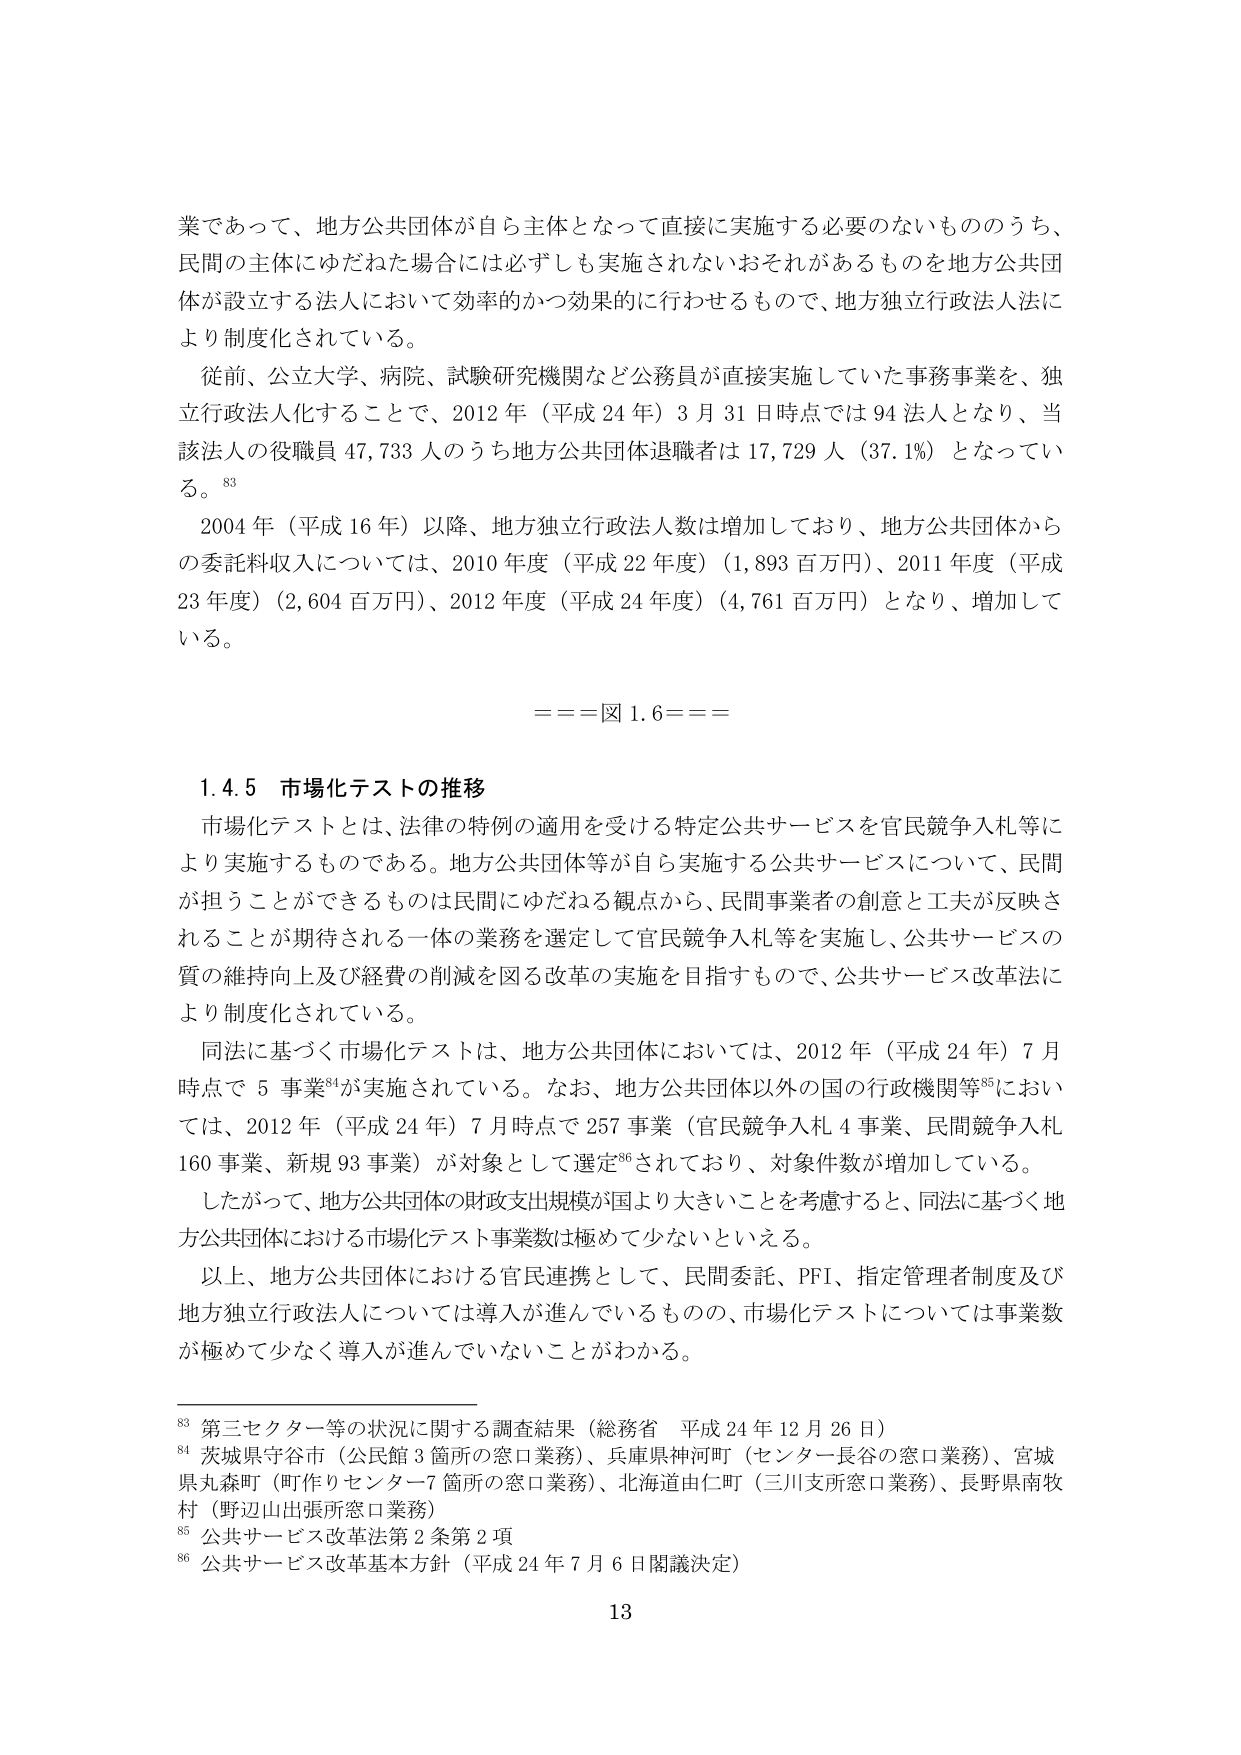
業であって、地方公共団体が自ら主体となって直接に実施する必要のないもののうち、民間の主体にゆだねた場合には必ずしも実施されないおそれがあるものを地方公共団体が設立する法人において効率的かつ効果的に行わせるもので、地方独立行政法人法により制度化されている。

従前、公立大学、病院、試験研究機関など公務員が直接実施していた事務事業を、独立行政法人化することで、2012年（平成24年）3月31日時点では94法人となり、当該法人の役職員47,733人のうち地方公共団体退職者は17,729人（37.1%）となっている。83

2004年（平成16年）以降、地方独立行政法人人数は増加しており、地方公共団体からの委託料収入については、2010年度（平成22年度）（1,893百万円）、2011年度（平成23年度）（2,604百万円）、2012年度（平成24年度）（4,761百万円）となり、増加している。

＝＝＝図1.6＝＝＝

1.4.5 市場化テストの推移

市場化テストとは、法律の特例の適用を受ける特定公共サービスを官民競争入札等により実施するものである。地方公共団体等が自ら実施する公共サービスについて、民間が担うことができるものは民間にゆだねる観点から、民間事業者の創意と工夫が反映されることが期待される一体の業務を選定して官民競争入札等を実施し、公共サービスの質の維持向上及び経費の削減を図る改革の実施を目指すもので、公共サービス改革法により制度化されている。

同法に基づく市場化テストは、地方公共団体においては、2012年（平成24年）7月時点で5事業84が実施されている。なお、地方公共団体以外の国の行政機関等85においては、2012年（平成24年）7月時点で257事業（官民競争入札4事業、民間競争入札160事業、新規93事業）が対象として選定86されており、対象件数が増加している。

したがって、地方公共団体の財政支出規模が国より大きいことを考慮すると、同法に基づく地方公共団体における市場化テスト事業数は極めて少ないといえる。

以上、地方公共団体における官民連携として、民間委託、PFI、指定管理者制度及び地方独立行政法人については導入が進んでいるものの、市場化テストについては事業数が極めて少なく導入が進んでいないことがわかる。

83 第三セクター等の状況に関する調査結果（総務省 平成24年12月26日）
84 茨城県守谷市（公民館3箇所の窓口業務）、兵庫県神河町（センター長谷の窓口業務）、宮城県丸森町（町作りセンター7箇所の窓口業務）、北海道由仁町（三川支所窓口業務）、長野県南牧村（野辺山出張所窓口業務）
85 公共サービス改革法第2条第2項
86 公共サービス改革基本方針（平成24年7月6日閣議決定）

13